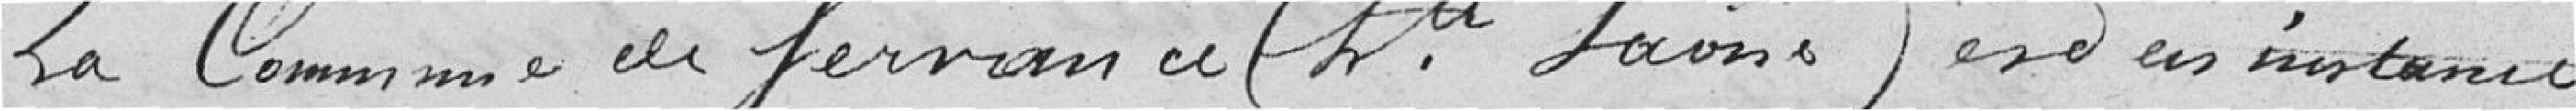
La Commune de Servance (Haute Saône) est en instance